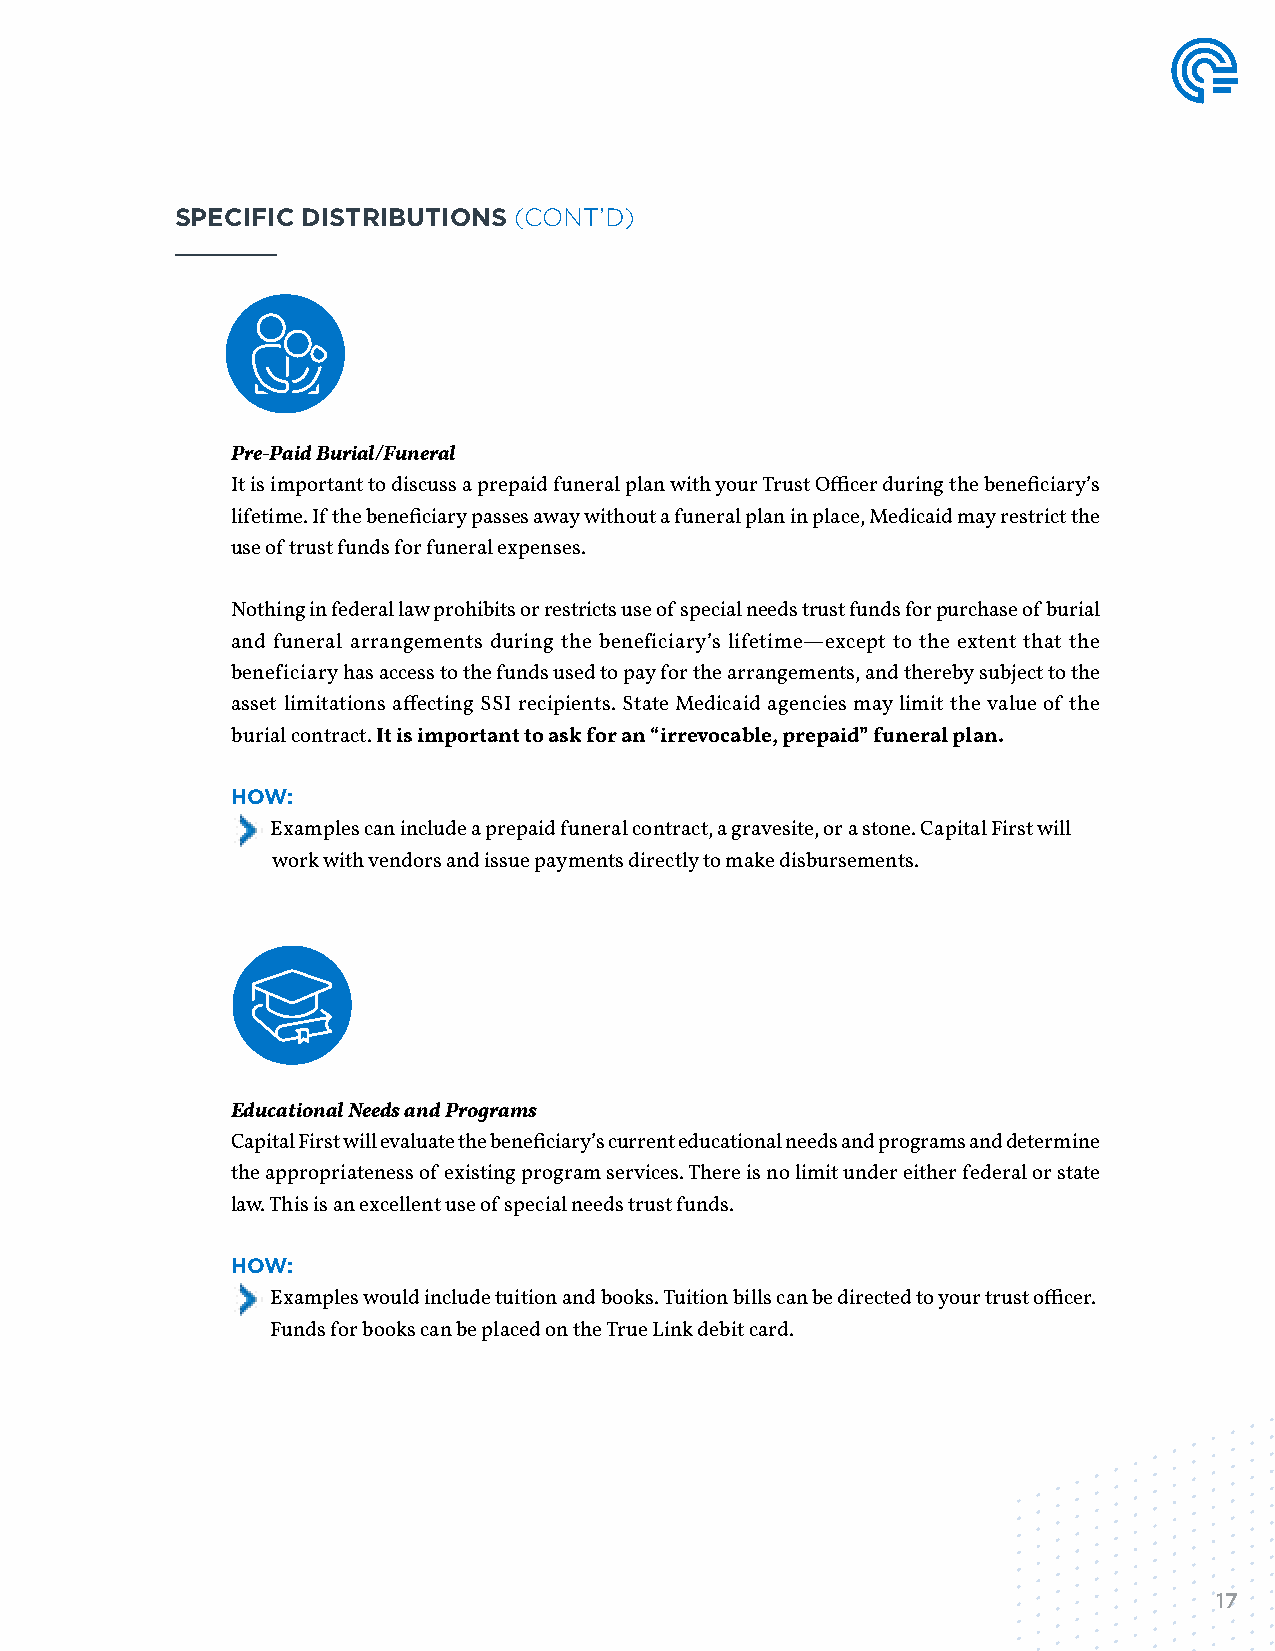
SPECIFIC DISTRIBUTIONS (CONT’D)
 Pre-Paid Burial/Funeral
 It is important to discuss a prepaid funeral plan with your Trust Officer during the beneficiary’s
 lifetime. If the beneficiary passes away without a funeral plan in place, Medicaid may restrict the
 use of trust funds for funeral expenses.
 Nothing in federal law prohibits or restricts use of special needs trust funds for purchase of burial
 and funeral arrangements during the beneficiary’s lifetime—except to the extent that the
 beneficiary has access to the funds used to pay for the arrangements, and thereby subject to the
 asset limitations affecting SSI recipients. State Medicaid agencies may limit the value of the
 burial contract. It is important to ask for an “irrevocable, prepaid” funeral plan.
 HOW:
 Examples can include a prepaid funeral contract, a gravesite, or a stone. Capital First will
 work with vendors and issue payments directly to make disbursements.
 Educational Needs and Programs
 Capital First will evaluate the beneficiary’s current educational needs and programs and determine
 the appropriateness of existing program services. There is no limit under either federal or state
 law. This is an excellent use of special needs trust funds.
 HOW:
 Examples would include tuition and books. Tuition bills can be directed to your trust officer.
 Funds for books can be placed on the True Link debit card.
 17